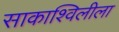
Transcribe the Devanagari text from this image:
साकाश्विलीला